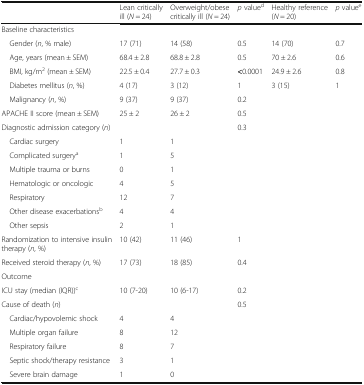
|  | Lean critically ill (N = 24) | Overweight/obese critically ill (N = 24) | p valued | Healthy reference (N = 20) | p valuee |
 | --- | --- | --- | --- | --- | --- |
 | <COLSPAN=6> Baseline characteristics |
 | Gender (n, % male) | 17 (71) | 14 (58) | 0.5 | 14 (70) | 0.7 |
 | Age, years (mean ± SEM) | 68.4 ± 2.8 | 68.8 ± 2.8 | 0.5 | 70 ± 2.6 | 0.6 |
 | BMI, kg/m2 (mean ± SEM) | 22.5 ± 0.4 | 27.7 ± 0.3 | <0.0001 | 24.9 ± 2.6 | 0.8 |
 | Diabetes mellitus (n, %) | 4 (17) | 3 (12) | 1 | 3 (15) | 1 |
 | Malignancy (n, %) | 9 (37) | 9 (37) | 0.2 |  |  |
 | APACHE II score (mean ± SEM) | 25 ± 2 | 26 ± 2 | 0.5 |  |  |
 | Diagnostic admission category (n) |  |  | 0.3 |  |  |
 | Cardiac surgery | 1 | 1 |  |  |  |
 | Complicated surgerya | 1 | 5 |  |  |  |
 | Multiple trauma or burns | 0 | 1 |  |  |  |
 | Hematologic or oncologic | 4 | 5 |  |  |  |
 | Respiratory | 12 | 7 |  |  |  |
 | Other disease exacerbationsb | 4 | 4 |  |  |  |
 | Other sepsis | 2 | 1 |  |  |  |
 | Randomization to intensive insulin therapy (n, %) | 10 (42) | 11 (46) | 1 |  |  |
 | Received steroid therapy (n, %) | 17 (73) | 18 (85) | 0.4 |  |  |
 | <COLSPAN=6> Outcome |
 | ICU stay (median (IQR))c | 10 (7-20) | 10 (6-17) | 0.2 |  |  |
 | Cause of death (n) |  |  | 0.5 |  |  |
 | Cardiac/hypovolemic shock | 4 | 4 |  |  |  |
 | Multiple organ failure | 8 | 12 |  |  |  |
 | Respiratory failure | 8 | 7 |  |  |  |
 | Septic shock/therapy resistance | 3 | 1 |  |  |  |
 | Severe brain damage | 1 | 0 |  |  |  |